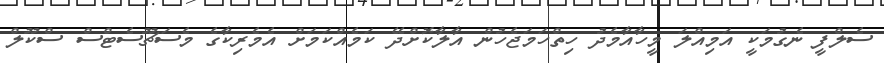
ސެލްފީ ނެގުމަކީ އަމިއްލަ މީހާއާމެދު ހިތްހަމަޖެހުން އާލާކޮށްދޭ ކަމެއްކަމަށް އެމެރިކާގެ މެސަޗޫސެޓްސް ސްކޫލް